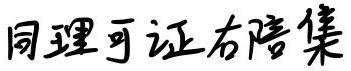
同理可证右陪集